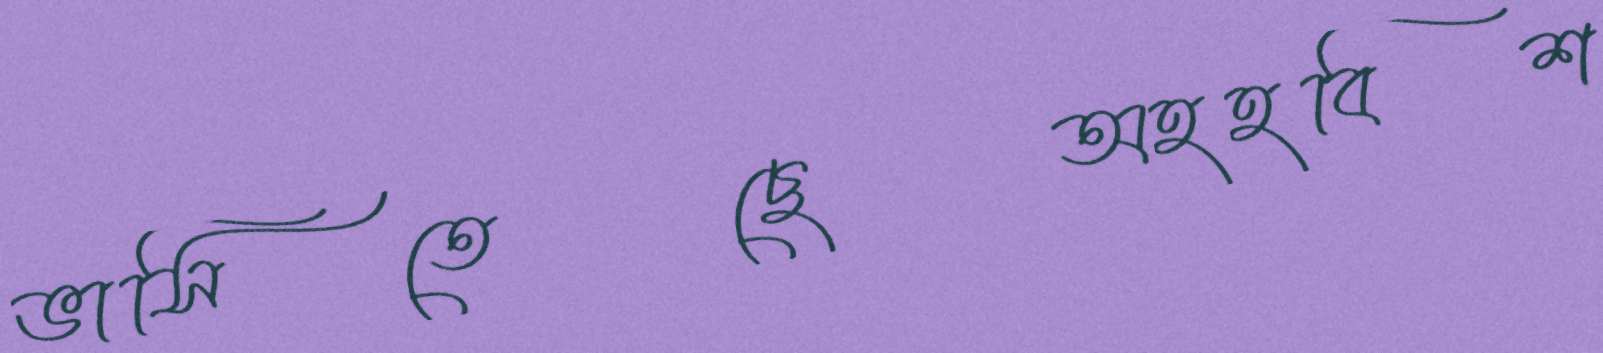
ভাসিতেছেঅহহবিশ